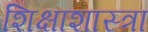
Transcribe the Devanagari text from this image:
शिक्षाशास्त्रा